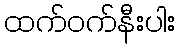
ထက်ဝက်နီးပါး